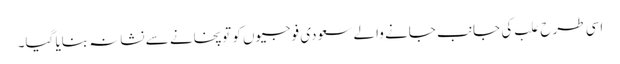
اسی طرح علب کی جانب جانے والے سعودی فوجیوں کو توپخانے سے نشانہ بنایا گیا۔